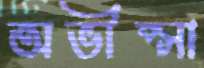
অভীপ্সা